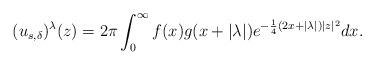
LaTeX: \begin{align*}(u_{s,\delta})^\lambda(z) = 2\pi \int_0^\infty f(x)g(x+|\lambda|)e^{-\frac14(2x+|\lambda|)|z|^2} dx.\end{align*}